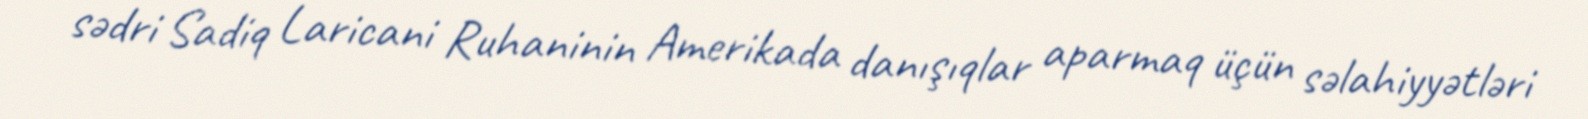
sədri Sadiq Laricani Ruhaninin Amerikada danışıqlar aparmaq üçün səlahiyyətləri